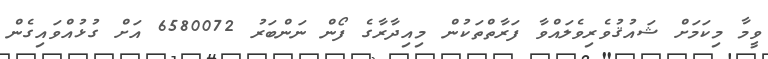
ވީމާ މިކަމަށް ޝައުޤުވެރިވެލައްވާ ފަރާތްތަކުން މިއިދާރާގެ ފޯން ނަންބަރު 6580072 އަށް ގުޅުއްވައިގެން